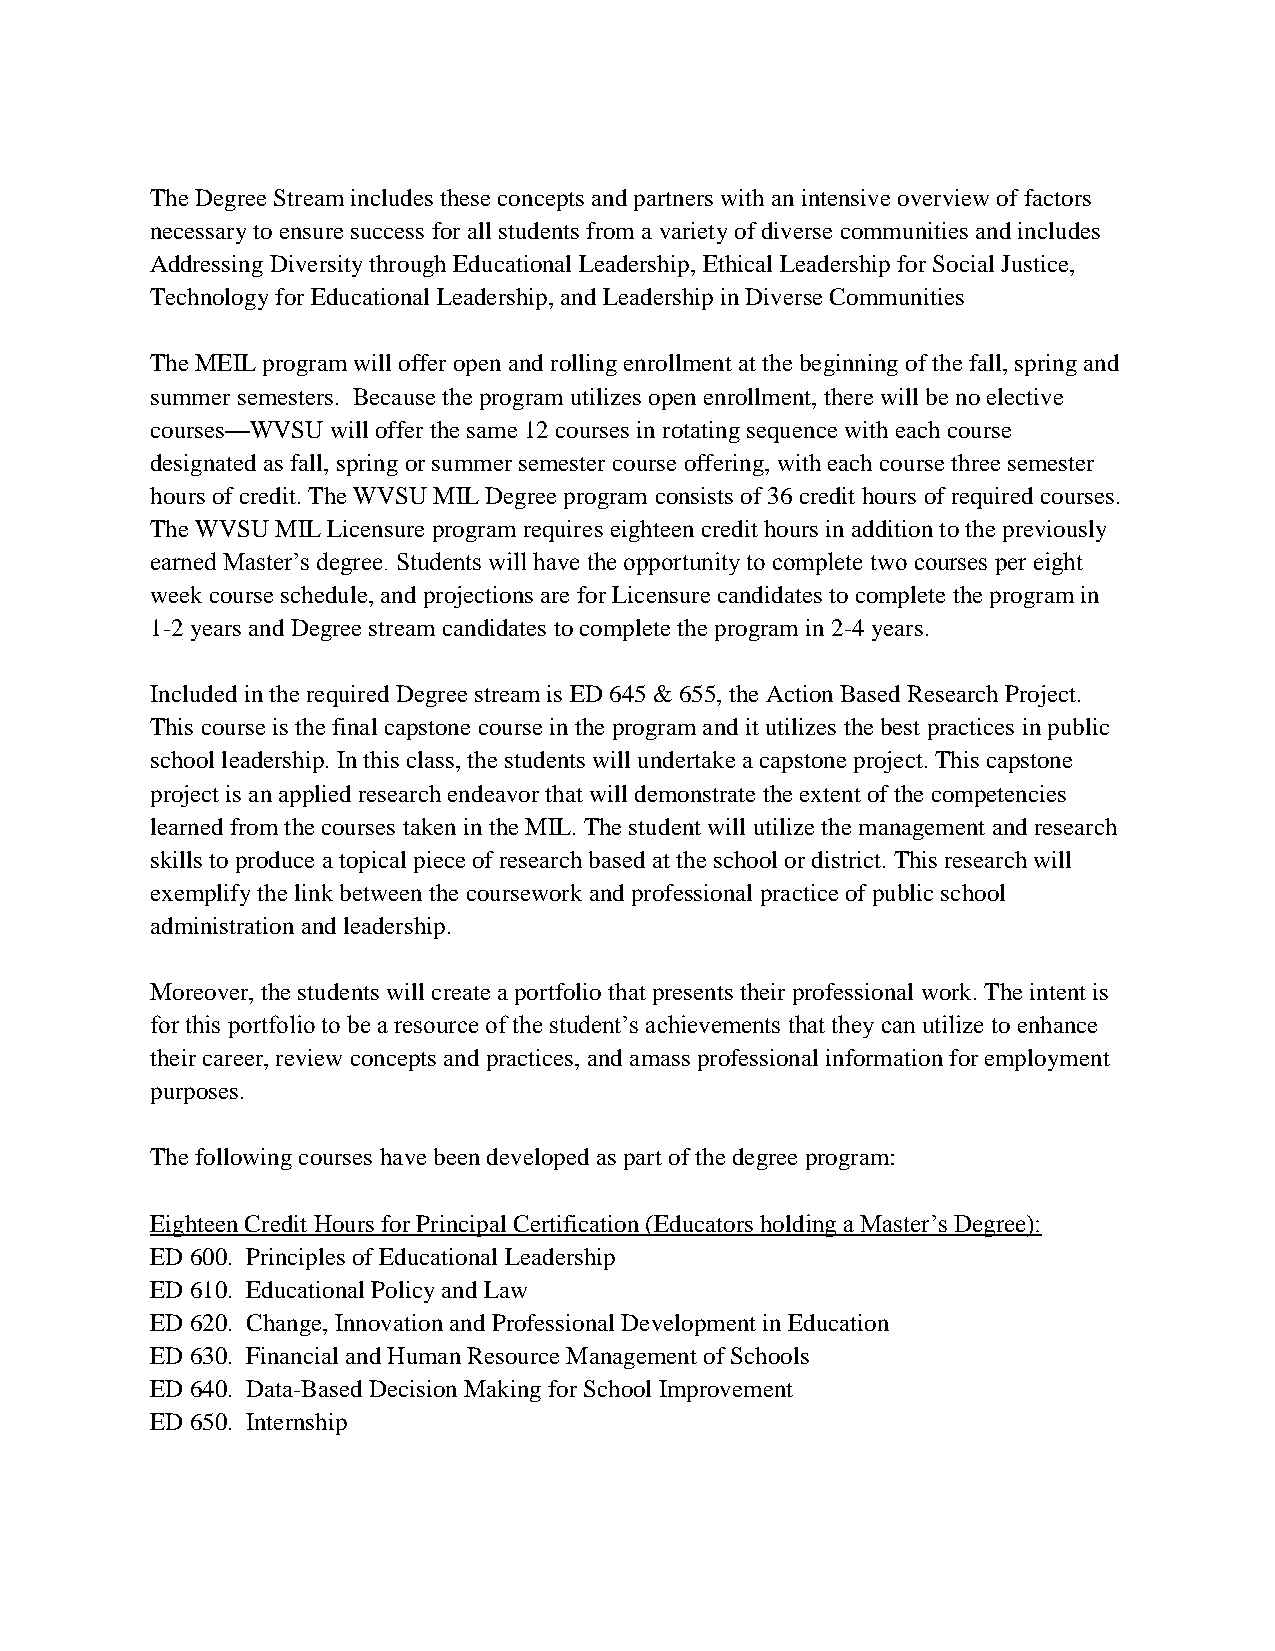
The Degree Stream includes these concepts and partners with an intensive overview of factors
 necessary to ensure success for all students from a variety of diverse communities and includes
 Addressing Diversity through Educational Leadership, Ethical Leadership for Social Justice,
 Technology for Educational Leadership, and Leadership in Diverse Communities
 The MEIL program will offer open and rolling enrollment at the beginning of the fall, spring and
 summer semesters. Because the program utilizes open enrollment, there will be no elective
 courses—WVSU will offer the same 12 courses in rotating sequence with each course
 designated as fall, spring or summer semester course offering, with each course three semester
 hours of credit. The WVSU MIL Degree program consists of 36 credit hours of required courses.
 The WVSU MIL Licensure program requires eighteen credit hours in addition to the previously
 earned Master’s degree. Students will have the opportunity to complete two courses per eight
 week course schedule, and projections are for Licensure candidates to complete the program in
 1-2 years and Degree stream candidates to complete the program in 2-4 years.
 Included in the required Degree stream is ED 645 & 655, the Action Based Research Project.
 This course is the final capstone course in the program and it utilizes the best practices in public
 school leadership. In this class, the students will undertake a capstone project. This capstone
 project is an applied research endeavor that will demonstrate the extent of the competencies
 learned from the courses taken in the MIL. The student will utilize the management and research
 skills to produce a topical piece of research based at the school or district. This research will
 exemplify the link between the coursework and professional practice of public school
 administration and leadership.
 Moreover, the students will create a portfolio that presents their professional work. The intent is
 for this portfolio to be a resource of the student’s achievements that they can utilize to enhance
 their career, review concepts and practices, and amass professional information for employment
 purposes.
 The following courses have been developed as part of the degree program:
 Eighteen Credit Hours for Principal Certification (Educators holding a Master’s Degree):
 ED 600. Principles of Educational Leadership
 ED 610. Educational Policy and Law
 ED 620. Change, Innovation and Professional Development in Education
 ED 630. Financial and Human Resource Management of Schools
 ED 640. Data-Based Decision Making for School Improvement
 ED 650. Internship